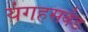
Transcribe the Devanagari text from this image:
यंगहसबंड